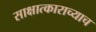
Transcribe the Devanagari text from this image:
साक्षात्काराच्याच